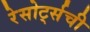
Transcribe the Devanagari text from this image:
रेसोर्ट्सची